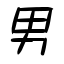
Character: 男